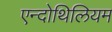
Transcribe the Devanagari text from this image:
एन्दोथिलियम